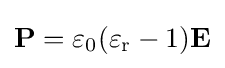
\mathbf {P} =\varepsilon _{0}(\varepsilon _{\mathrm {r} }-1)\mathbf {E}